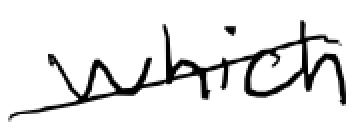
Text: which
Cross-out: diagonal
Writing tool: digital_black